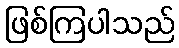
ဖြစ်ကြပါသည်